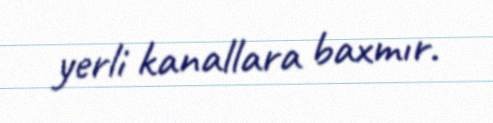
yerli kanallara baxmır.